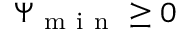
\Psi _ { \mathrm { ~ m ~ i ~ n ~ } } \geq 0